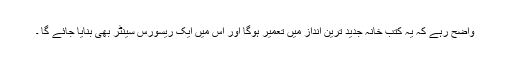
واضح رہے کہ یہ کتب خانہ جدید ترین انداز میں تعمیر ہوگا اور اس میں ایک ریسورس سینٹر بھی بنایا جائے گا ۔